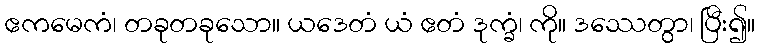
ဧကမေကံ၊ တခုတခုသော။ ယဒေတံ ယံ ဧတံ ဒုက္ခံ၊ ကို။ ဒဿေတွာ၊ ပြီး၍။